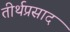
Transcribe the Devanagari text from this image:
तीर्थप्रसाद